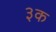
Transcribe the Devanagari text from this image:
३क